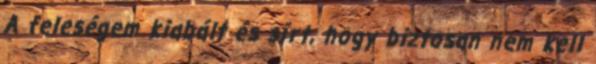
A feleségem kiabált és sírt, hogy biztosan nem kell